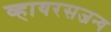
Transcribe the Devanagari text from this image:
व्हायरसजन्य